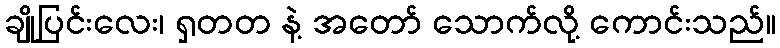
ချိုပြင်းလေး၊ ရှတတ နဲ့ အတော် သောက်လို့ ကောင်းသည်။